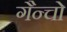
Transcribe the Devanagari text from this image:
गैन्चो